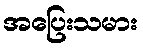
အပြေးသမား